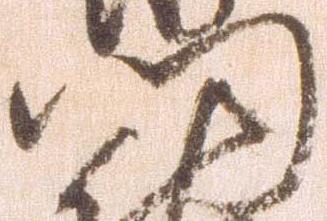
門